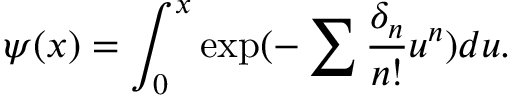
\psi ( x ) = \int _ { 0 } ^ { x } \exp ( - \sum \frac { \delta _ { n } } { n ! } u ^ { n } ) d u .